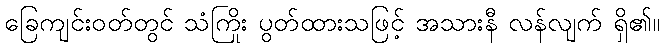
ခြေကျင်းဝတ်တွင် သံကြိုး ပွတ်ထားသဖြင့် အသားနီ လန်လျက် ရှိ၏။